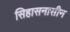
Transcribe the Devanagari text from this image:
सिहासनासीन